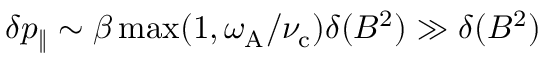
\delta p _ { \| } \sim \beta \operatorname* { m a x } ( 1 , \omega _ { \mathrm { A } } / \nu _ { \mathrm { c } } ) \delta ( B ^ { 2 } ) \gg \delta ( B ^ { 2 } )